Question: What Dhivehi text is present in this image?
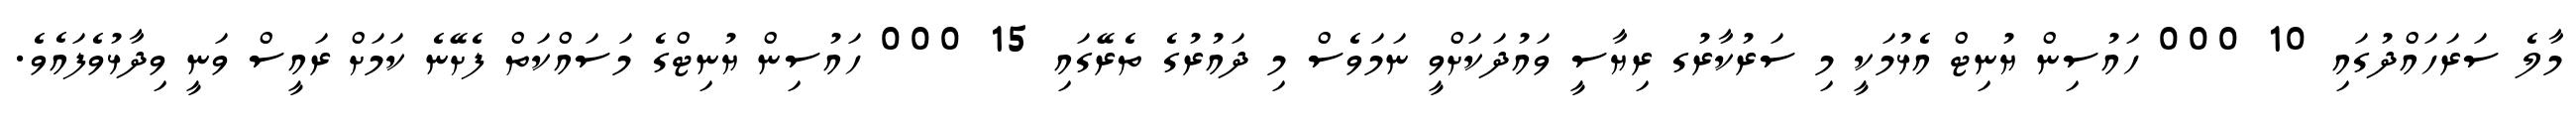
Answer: މާލެ ސަރަހައްދުގައި 10 000 ހައުސިން ޔުނިޓް އެޅުމަކީ މި ސަރުކާރުގ ރިޔާސީ ވައުދަކަށްވީ ނަމަވެސް މި ދައުރުގެ ތެރޭގައި 15 000 ހައުސިން ޔުނިޓްގެ މަސައްކަތް ފެށޭނެ ކަމަށް ރައީސް ވަނީ ވިދާޅުވެފައެވެ.